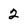
Character: 2